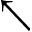
\nwarrow